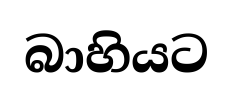
බාහියට